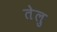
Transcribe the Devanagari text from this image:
तेलु